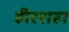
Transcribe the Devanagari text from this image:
हीरशहा